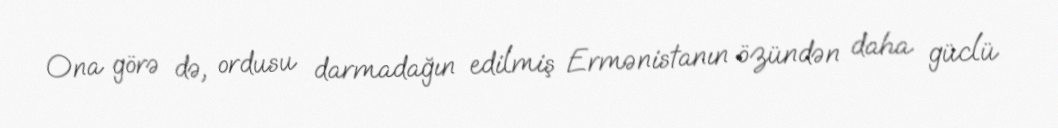
Ona görə də, ordusu darmadağın edilmiş Ermənistanın özündən daha güclü